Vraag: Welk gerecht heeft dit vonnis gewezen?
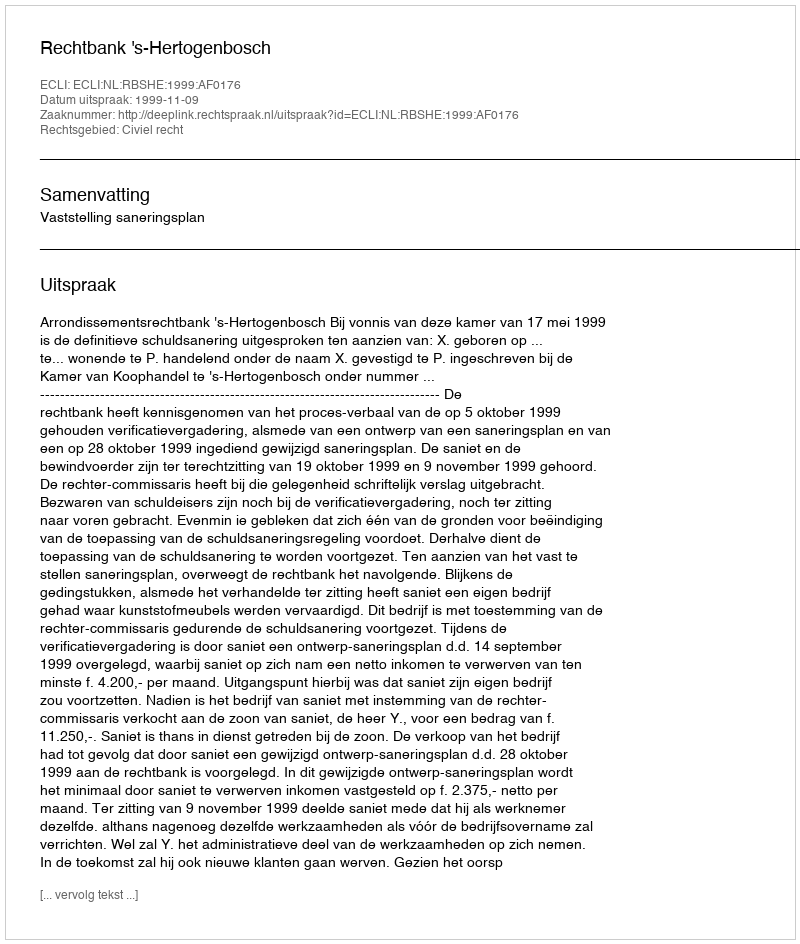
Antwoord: Rechtbank 's-Hertogenbosch